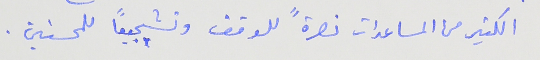
الكثير من المساعدات نصرةً للوقف وتشجيعًا للمحسنين .